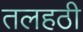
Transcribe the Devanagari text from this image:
तलहठी